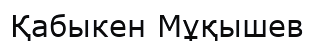
Қабыкен Мұқышев